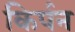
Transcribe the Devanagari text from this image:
किर्पन